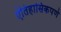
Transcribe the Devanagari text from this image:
ऐतिहासिकपणे